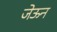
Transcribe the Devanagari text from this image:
जेऊन